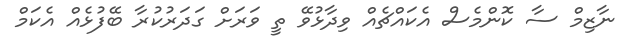
ނާޒިމް ސާ ކޮންމެސް އެކައްޗެއް ވިދާޅުވޭ ތީ ވަރަށް ގަދަރުކުރާ ބޭފުޅެއް އެކަމް